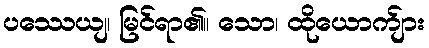
ပဿေယျ၊ မြင်ရာ၏။ သော၊ ထိုယောက်ျား